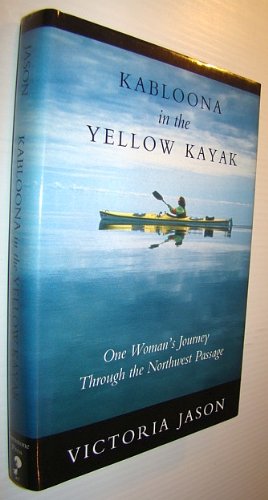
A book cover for Kabloona In Yellow Kayak; Victoria Jason; Sports & Outdoors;